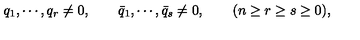
q _ { 1 } , \cdots , q _ { r } \neq 0 , \qquad \bar { q } _ { 1 } , \cdots , \bar { q } _ { s } \neq 0 , \qquad ( n \geq r \geq s \geq 0 ) ,